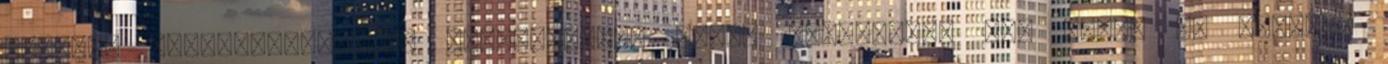
amelyek hovatartozásával kapcsolatban heves viszályban áll Tokió és Peking.